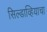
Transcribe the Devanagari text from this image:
सिल्डाव्हियाचा